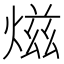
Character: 𤍏